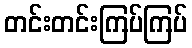
တင်းတင်းကြပ်ကြပ်